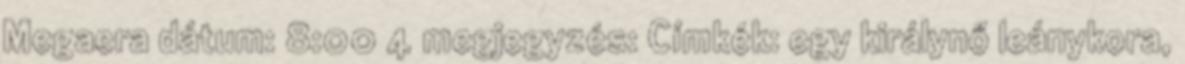
Megaera dátum: 8:00 4 megjegyzés: Címkék: egy királynő leánykora,